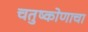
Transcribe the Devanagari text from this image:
चतुष्कोणाचा